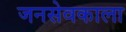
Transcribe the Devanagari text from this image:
जनसेवकाला